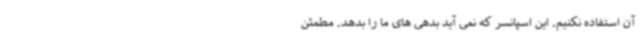
آن استفاده نکنیم. این اسپانسر که نمی آید بدهی های ما را بدهد. مطمئن